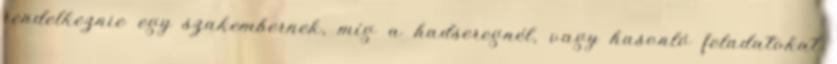
rendelkeznie egy szakembernek, míg a hadseregnél, vagy hasonló feladatokat